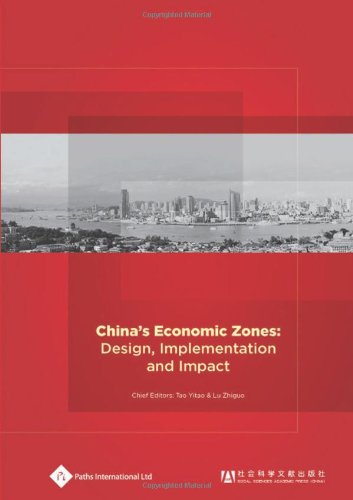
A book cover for China's Economic Zones: Design, Implementation and Impact (Economic History in China); Business & Money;